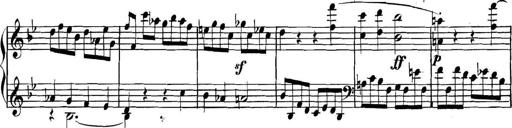
Title: Collected Piano Sonatas
Composer: Muzio Clementi